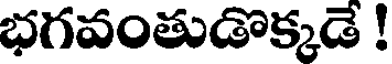
భగవంతుడొక్కడే !